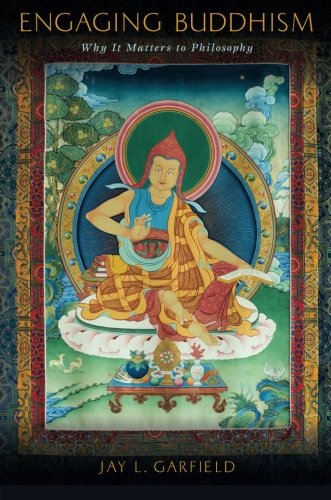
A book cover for Engaging Buddhism: Why It Matters to Philosophy; Jay L. Garfield; Religion & Spirituality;